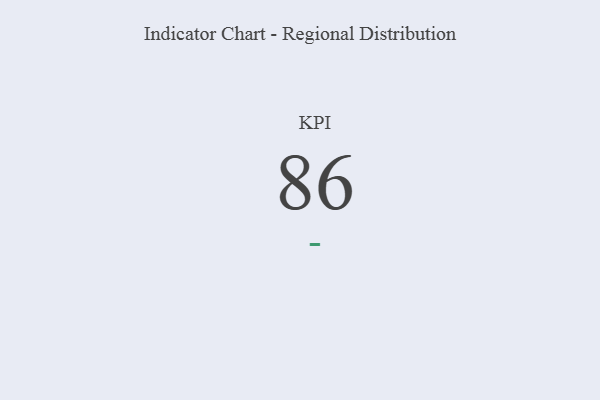
{"axis": {"x": "KPI", "y": "Value"}, "legend": [""], "data": [{"x": "KPI", "y": 86, "type": ""}]}